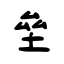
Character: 垒